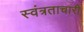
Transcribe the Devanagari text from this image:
स्वंत्रताचारी